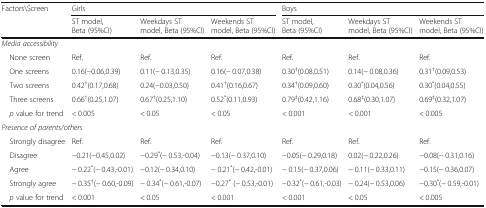
<table><thead><tr><td rowspan="2"><b>Factors\Screen</b></td><td colspan="3"><b>Girls</b></td><td colspan="3"><b>Boys</b></td></tr><tr><td><b>ST model, Beta (95%CI)</b></td><td><b>Weekdays ST model, Beta (95%CI)</b></td><td><b>Weekends ST model, Beta (95%CI)</b></td><td><b>ST model, Beta (95%CI)</b></td><td><b>Weekdays ST model, Beta (95%CI)</b></td><td><b>Weekends ST model, Beta (95%CI)</b></td></tr></thead><tbody><tr><td colspan="7"><i>Media accessibility</i></td></tr><tr><td> None screen</td><td>Ref.</td><td>Ref.</td><td>Ref.</td><td>Ref.</td><td>Ref.</td><td>Ref.</td></tr><tr><td> One screens</td><td>0.16(−0.06,0.39)</td><td>0.11(− 0.13,0.35)</td><td>0.16(− 0.07,0.38)</td><td>0.30<sup>†</sup>(0.08,0.51)</td><td>0.14(− 0.08,0.36)</td><td>0.31<sup>†</sup>(0.09,0.53)</td></tr><tr><td> Two screens</td><td>0.42<sup>†</sup>(0.17,0.68)</td><td>0.24(−0.03,0.50)</td><td>0.41<sup>†</sup>(0.16,0.67)</td><td>0.34<sup>†</sup>(0.09,0.60)</td><td>0.30<sup>*</sup>(0.04,0.56)</td><td>0.30<sup>*</sup>(0.04,0.55)</td></tr><tr><td> Three screens</td><td>0.66<sup>†</sup>(0.25,1.07)</td><td>0.67<sup>†</sup>(0.25,1.10)</td><td>0.52<sup>*</sup>(0.11,0.93)</td><td>0.79<sup>‡</sup>(0.42,1.16)</td><td>0.68<sup>‡</sup>(0.30,1.07)</td><td>0.69<sup>‡</sup>(0.32,1.07)</td></tr><tr><td> <i>p</i> value for trend</td><td>&lt; 0.005</td><td>&lt; 0.05</td><td>&lt; 0.05</td><td>&lt; 0.001</td><td>&lt; 0.001</td><td>&lt; 0.005</td></tr><tr><td colspan="7"><i>Presence of parents/others</i></td></tr><tr><td> Strongly disagree</td><td>Ref.</td><td>Ref.</td><td>Ref.</td><td>Ref.</td><td>Ref.</td><td>Ref.</td></tr><tr><td> Disagree</td><td>−0.21(−0.45,0.02)</td><td>−0.29<sup>*</sup>(− 0.53,-0.04)</td><td>−0.13(− 0.37,0.10)</td><td>−0.05(− 0.29,0.18)</td><td>0.02(− 0.22,0.26)</td><td>−0.08(− 0.31,0.16)</td></tr><tr><td> Agree</td><td>− 0.22<sup>*</sup>(− 0.43,-0.01)</td><td>−0.12(− 0.34,0.10)</td><td>− 0.21<sup>*</sup>(− 0.42,-0.01)</td><td>− 0.15(− 0.37,0.06)</td><td>− 0.11(− 0.33,0.11)</td><td>−0.15(− 0.36,0.07)</td></tr><tr><td> Strongly agree</td><td>− 0.35<sup>†</sup>(− 0.60,-0.09)</td><td>− 0.34<sup>*</sup>(− 0.61,-0.07)</td><td>−0.27<sup>*</sup> (− 0.53,-0.01)</td><td>−0.32<sup>*</sup>(− 0.61,-0.03)</td><td>− 0.24(− 0.53,0.06)</td><td>−0.30<sup>*</sup>(− 0.59,-0.01)</td></tr><tr><td> <i>p</i> value for trend</td><td>&lt; 0.001</td><td>&lt; 0.05</td><td>&lt; 0.001</td><td>&lt; 0.001</td><td>&lt; 0.05</td><td>&lt; 0.005</td></tr></tbody></table>